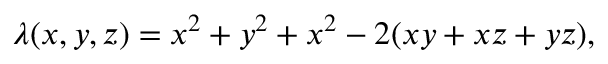
\lambda ( x , y , z ) = x ^ { 2 } + y ^ { 2 } + x ^ { 2 } - 2 ( x y + x z + y z ) ,